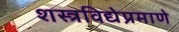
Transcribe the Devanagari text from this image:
शस्त्रविद्येप्रमाणे